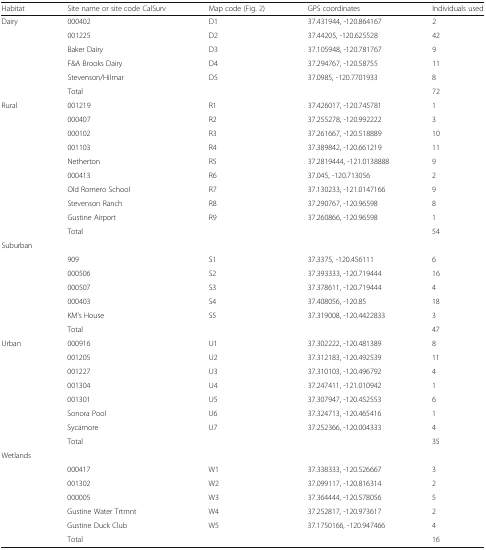
<table><thead><tr><td><b>Habitat</b></td><td><b>Site name or site code CalSurv</b></td><td><b>Map code (Fig. 2)</b></td><td><b>GPS coordinates</b></td><td><b>Individuals used</b></td></tr></thead><tbody><tr><td>Dairy</td><td>000402</td><td>D1</td><td>37.431944, -120.864167</td><td>2</td></tr><tr><td></td><td>001225</td><td>D2</td><td>37.44205, -120.625528</td><td>42</td></tr><tr><td></td><td>Baker Dairy</td><td>D3</td><td>37.105948, -120.781767</td><td>9</td></tr><tr><td></td><td>F&amp;A Brooks Dairy</td><td>D4</td><td>37.294767, -120.58755</td><td>11</td></tr><tr><td></td><td>Stevenson/Hilmar</td><td>D5</td><td>37.0985, -120.7701933</td><td>8</td></tr><tr><td></td><td>Total</td><td></td><td></td><td>72</td></tr><tr><td>Rural</td><td>001219</td><td>R1</td><td>37.426017, -120.745781</td><td>1</td></tr><tr><td></td><td>000407</td><td>R2</td><td>37.255278, -120.992222</td><td>3</td></tr><tr><td></td><td>000102</td><td>R3</td><td>37.261667, -120.518889</td><td>10</td></tr><tr><td></td><td>001103</td><td>R4</td><td>37.389842, -120.661219</td><td>11</td></tr><tr><td></td><td>Netherton</td><td>R5</td><td>37.2819444, -121.0138888</td><td>9</td></tr><tr><td></td><td>000413</td><td>R6</td><td>37.045, -120.713056</td><td>2</td></tr><tr><td></td><td>Old Romero School</td><td>R7</td><td>37.130233, -121.0147166</td><td>9</td></tr><tr><td></td><td>Stevenson Ranch</td><td>R8</td><td>37.290767, -120.96598</td><td>8</td></tr><tr><td></td><td>Gustine Airport</td><td>R9</td><td>37.260866, -120.96598</td><td>1</td></tr><tr><td></td><td>Total</td><td></td><td></td><td>54</td></tr><tr><td colspan="5">Suburban</td></tr><tr><td></td><td>909</td><td>S1</td><td>37.3375, -120.456111</td><td>6</td></tr><tr><td></td><td>000506</td><td>S2</td><td>37.393333, -120.719444</td><td>16</td></tr><tr><td></td><td>000507</td><td>S3</td><td>37.378611, -120.719444</td><td>4</td></tr><tr><td></td><td>000403</td><td>S4</td><td>37.408056, -120.85</td><td>18</td></tr><tr><td></td><td>KM’s House</td><td>S5</td><td>37.319008, -120.4422833</td><td>3</td></tr><tr><td></td><td>Total</td><td></td><td></td><td>47</td></tr><tr><td>Urban</td><td>000916</td><td>U1</td><td>37.302222, -120.481389</td><td>8</td></tr><tr><td></td><td>001205</td><td>U2</td><td>37.312183, -120.492539</td><td>11</td></tr><tr><td></td><td>001227</td><td>U3</td><td>37.310103, -120.496792</td><td>4</td></tr><tr><td></td><td>001304</td><td>U4</td><td>37.247411, -121.010942</td><td>1</td></tr><tr><td></td><td>001301</td><td>U5</td><td>37.307947, -120.452553</td><td>6</td></tr><tr><td></td><td>Sonora Pool</td><td>U6</td><td>37.324713, -120.465416</td><td>1</td></tr><tr><td></td><td>Sycamore</td><td>U7</td><td>37.252366, -120.004333</td><td>4</td></tr><tr><td></td><td>Total</td><td></td><td></td><td>35</td></tr><tr><td colspan="5">Wetlands</td></tr><tr><td></td><td>000417</td><td>W1</td><td>37.338333, -120.526667</td><td>3</td></tr><tr><td></td><td>001302</td><td>W2</td><td>37.099117, -120.816314</td><td>2</td></tr><tr><td></td><td>000005</td><td>W3</td><td>37.364444, -120.578056</td><td>5</td></tr><tr><td></td><td>Gustine Water Trtmnt</td><td>W4</td><td>37.252817, -120.973617</td><td>2</td></tr><tr><td></td><td>Gustine Duck Club</td><td>W5</td><td>37.1750166, -120.947466</td><td>4</td></tr><tr><td></td><td>Total</td><td></td><td></td><td>16</td></tr></tbody></table>